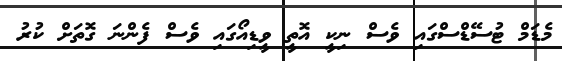
މެޑަމް ޓުސޭޑްސްގައި ވެސް ނިކީ އޮތީ ވީޑިއޯގައި ވެސް ފެންނަ ގޮތަށް ކުރު